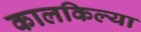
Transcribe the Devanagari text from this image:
कालकिल्या